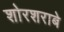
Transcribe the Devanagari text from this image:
शोरशराबे